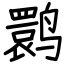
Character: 鹮